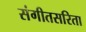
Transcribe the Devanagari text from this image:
संगीतसरिता